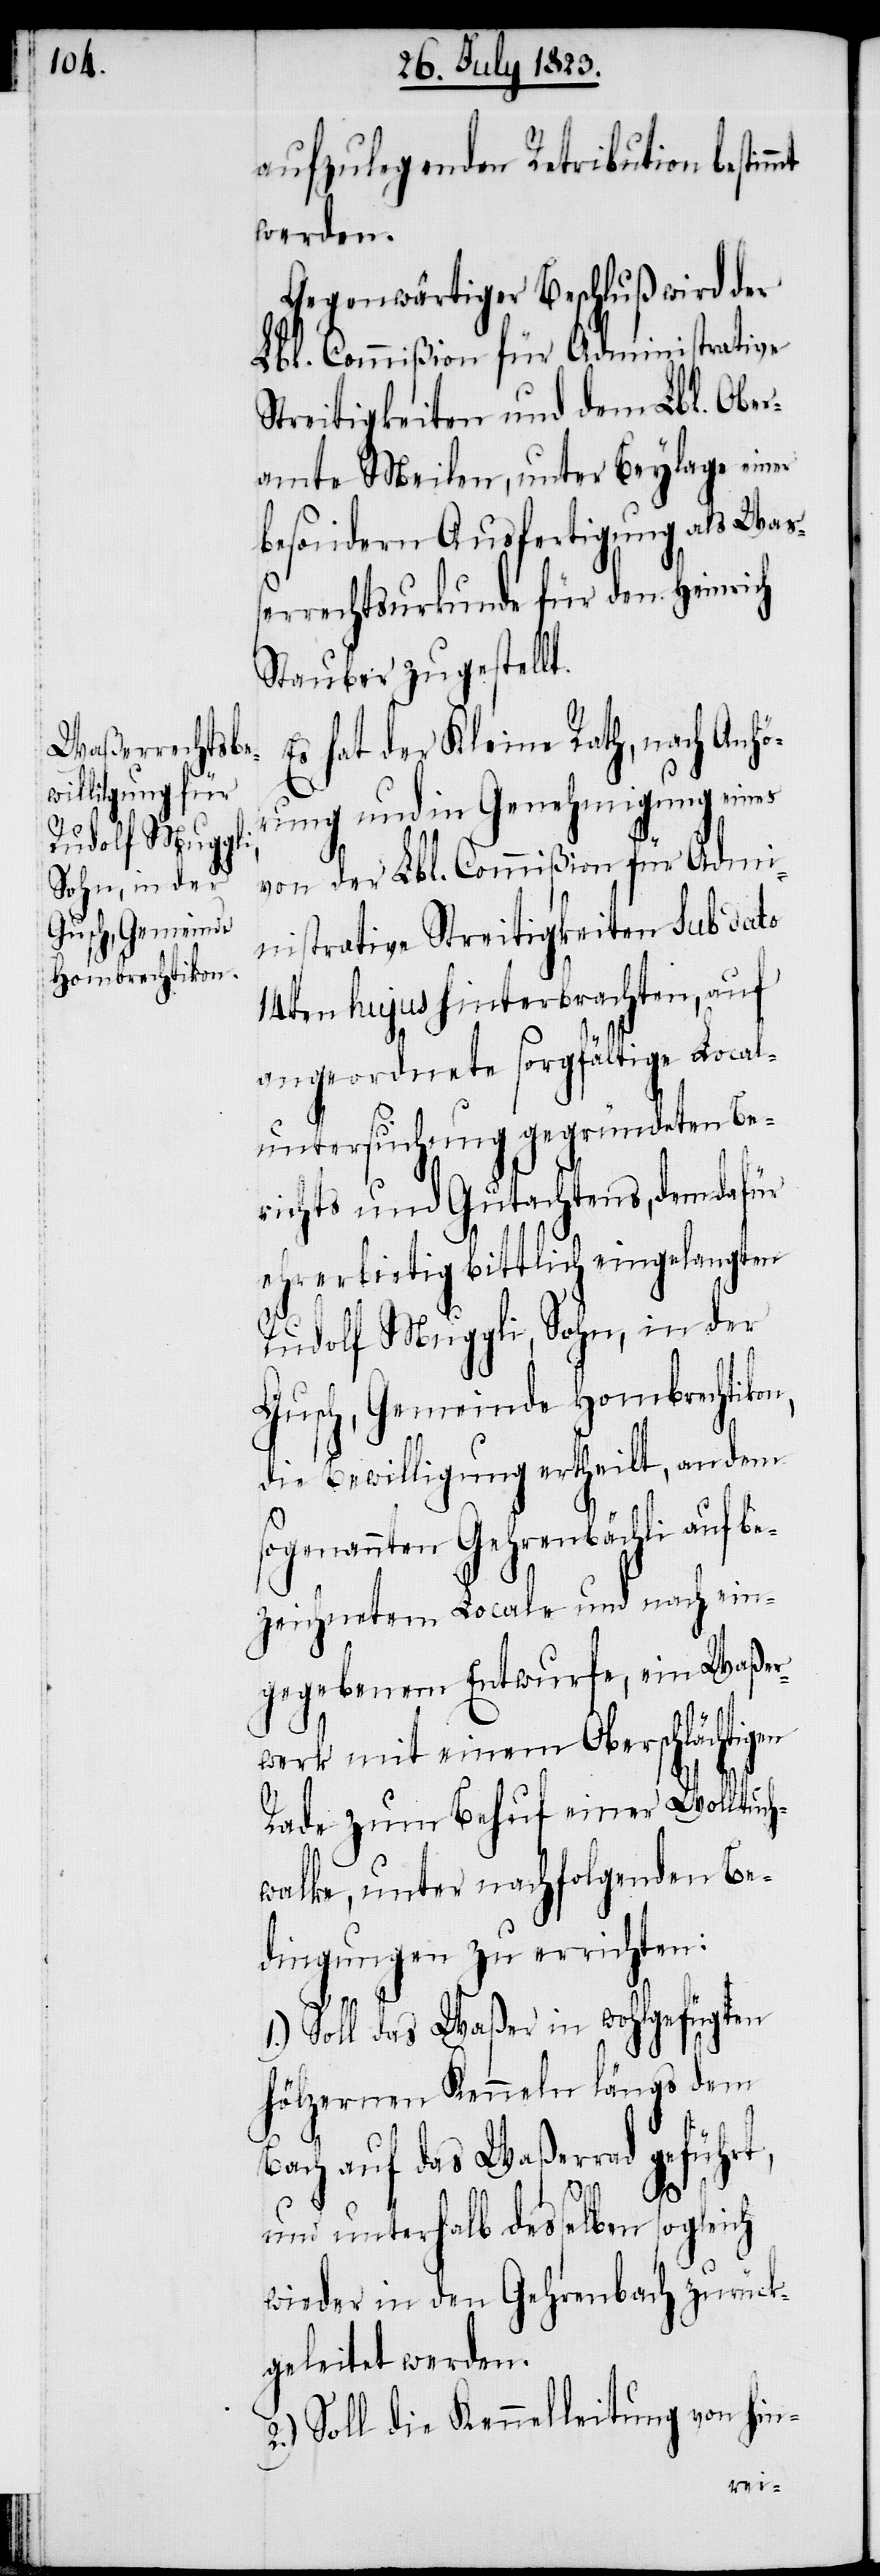
Gusch, Gemeinde
Hombrechtikon,

aufzulegenden Retribution bestim¬
werden.
Gegenwärtiger Beschluß wird der
Lbl. Commißion für Administrative
Streitigkeiten und dem Lbl. Ober¬
amte Meilen, unter Beylage einer
besondern Ausfertigung als Waß¬
errechtsurkunde für den Heinrich
Stauber zugestellt.
Es hat der Kleine Rath, nach Anhö¬
rung und in Genehmigung eines
von der Lbl. Commißion für Admi¬
nistrative Streitigkeiten sub dato
14ten hujus hinterbrachten, auf
angeordnete sorgfältige Local¬
untersuchung gegründeten Be¬
richts und Gutachtens, dem dafür
ehrerbietig bittlich eingelangten
Rudolf Muggli, Sohn, in der
die Bewilligung ertheilt, an dem
sogenannten Gehrenbächli auf be¬
zeichnetem Locale und nach ein¬
gegebenem Entwurfe, ein Waßer¬
werk mit einem Oberschlächtigen
Rade zum Behuf einer Wolltuch¬
walke, unter nachfolgenden Be¬
dingungen zu errichten:
1.) Soll das Waßer in wohlgefügten
hölzernen Kenneln längs dem
Bach auf das Waßerrad geführt,
mt
und unterhalb desselben sogleich
wieder in den Gehrenbach zurück¬
geleitet werden.
2.) Soll die Kennelleitung von hin-